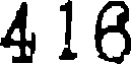
416